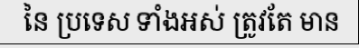
នៃ ប្រទេស ទាំងអស់ ត្រូវតែ មាន